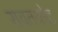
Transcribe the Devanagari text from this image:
रावतकोट